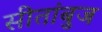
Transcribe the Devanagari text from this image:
सीतांबुज